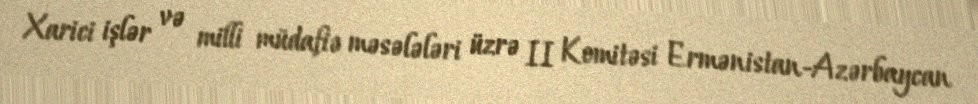
Xarici işlər və milli müdafiə məsələləri üzrə II Komitəsi Ermənistan-Azərbaycan